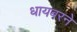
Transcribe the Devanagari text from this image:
धायबरने